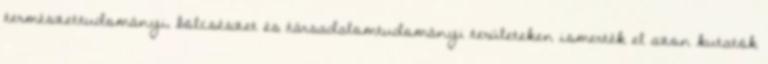
természettudományi, bölcsészet és társadalomtudományi területeken ismerték el azon kutatók